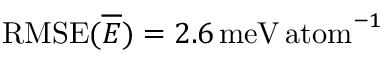
\mathrm { R M S E } ( \overline { { E } } ) = 2 . 6 \, \mathrm { m e V \, a t o m } ^ { - 1 }